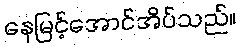
နေမြင့်အောင်အိပ်သည်။